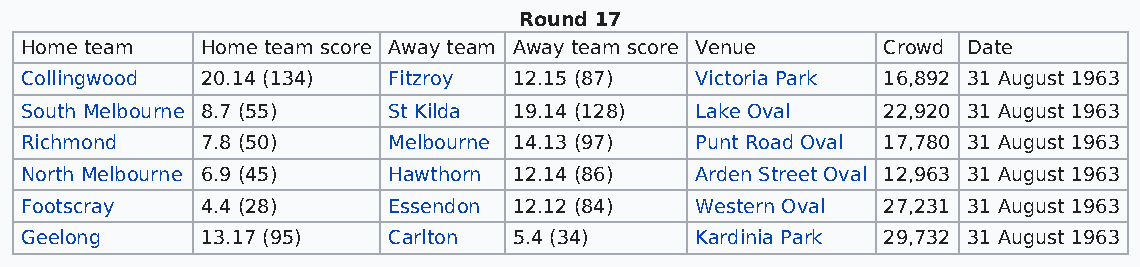
Round 17
 Home team   Home team score Away team Away team score Venue Crowd Date
 Collingwood 20.14 (134)  Fitzroy 12.15 (87)  Victoria Park 16,892 31 August 1963
 South Melbourne 8.7 (55) St Kilda 19.14 (128) Lake Oval  22,920 31 August 1963
 Richmond    7.8 (50)     Melbourne 14.13 (97) Punt Road Oval 17,780 31 August 1963
 North Melbourne 6.9 (45) Hawthorn 12.14 (86) Arden Street Oval 12,963 31 August 1963
 Footscray   4.4 (28)     Essendon 12.12 (84) Western Oval 27,231 31 August 1963
 Geelong     13.17 (95)   Carlton 5.4 (34)    Kardinia Park 29,732 31 August 1963